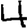
Digit: 4